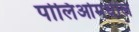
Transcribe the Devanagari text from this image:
पोलिओमधील